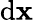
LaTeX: {\mathrm{d}}\mathbf{x}